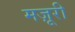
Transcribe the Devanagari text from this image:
मज़ूरी